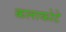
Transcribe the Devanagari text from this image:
कलाकोटे